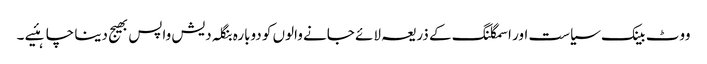
ووٹ بینک سیاست اور اسمگلنگ کے ذریعہ لائے جانے والوں کو دوبارہ بنگلہ دیش واپس بھیج دینا چاہئیے ۔